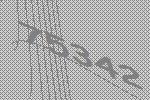
75342